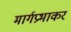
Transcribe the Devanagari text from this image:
मार्गप्रभाकर